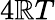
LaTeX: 4\mathbb{R}T